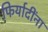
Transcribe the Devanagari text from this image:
फिर्यादींना